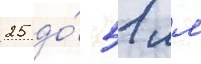
25 до́ 51 мм